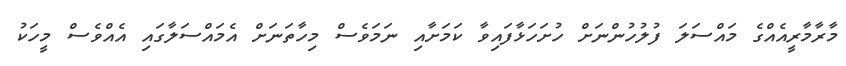
މާރާމާރީއެއްގެ މައްސަލަ ފުލުހުންނަށް ހުށަހަޅާފައިވާ ކަމަށާއި ނަމަވެސް މިހާތަނަށް އެމައްސަލާގައި އެއްވެސް މީހަކު